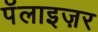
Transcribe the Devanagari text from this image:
पॅलाइज़र